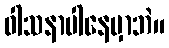
ဝါသနာပါနေမှာဘဲ။